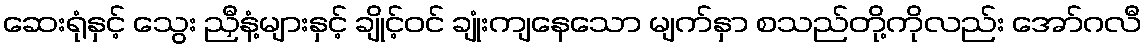
ဆေးရုံနှင့် သွေး ညှီနံ့များနှင့် ချိုင့်ဝင် ချုံးကျနေသော မျက်နှာ စသည်တို့ကိုလည်း အော်ဂလီ